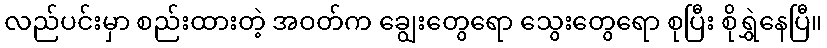
လည်ပင်းမှာ စည်းထားတဲ့ အဝတ်က ချွေးတွေရော သွေးတွေရော စုပြီး စိုရွှဲနေပြီ။